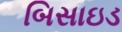
બિસાઇડ